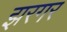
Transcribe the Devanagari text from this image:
झरगर